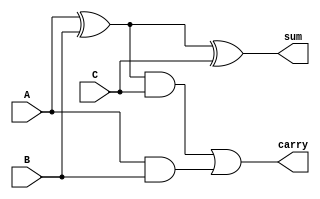
// -------------------------------------------------------------------------------------
//
//Description:This program works as a simple 3 bit adder. 
//			Connecting these full adders together can work to cascade adding operations
// -------------------------------------------------------------------------------------
module fulladder (A, B, C, sum, carry);

input A, B, C; //three switches that act as bit inputs
output sum, carry; // two outputs that give binary number

//or gate that gives a high value if 1 or 3 switches are in on position
assign sum = A^B^C;

// is 1 if two or three switches are on 
assign carry = (A^B) & C | (A & B);

endmodule